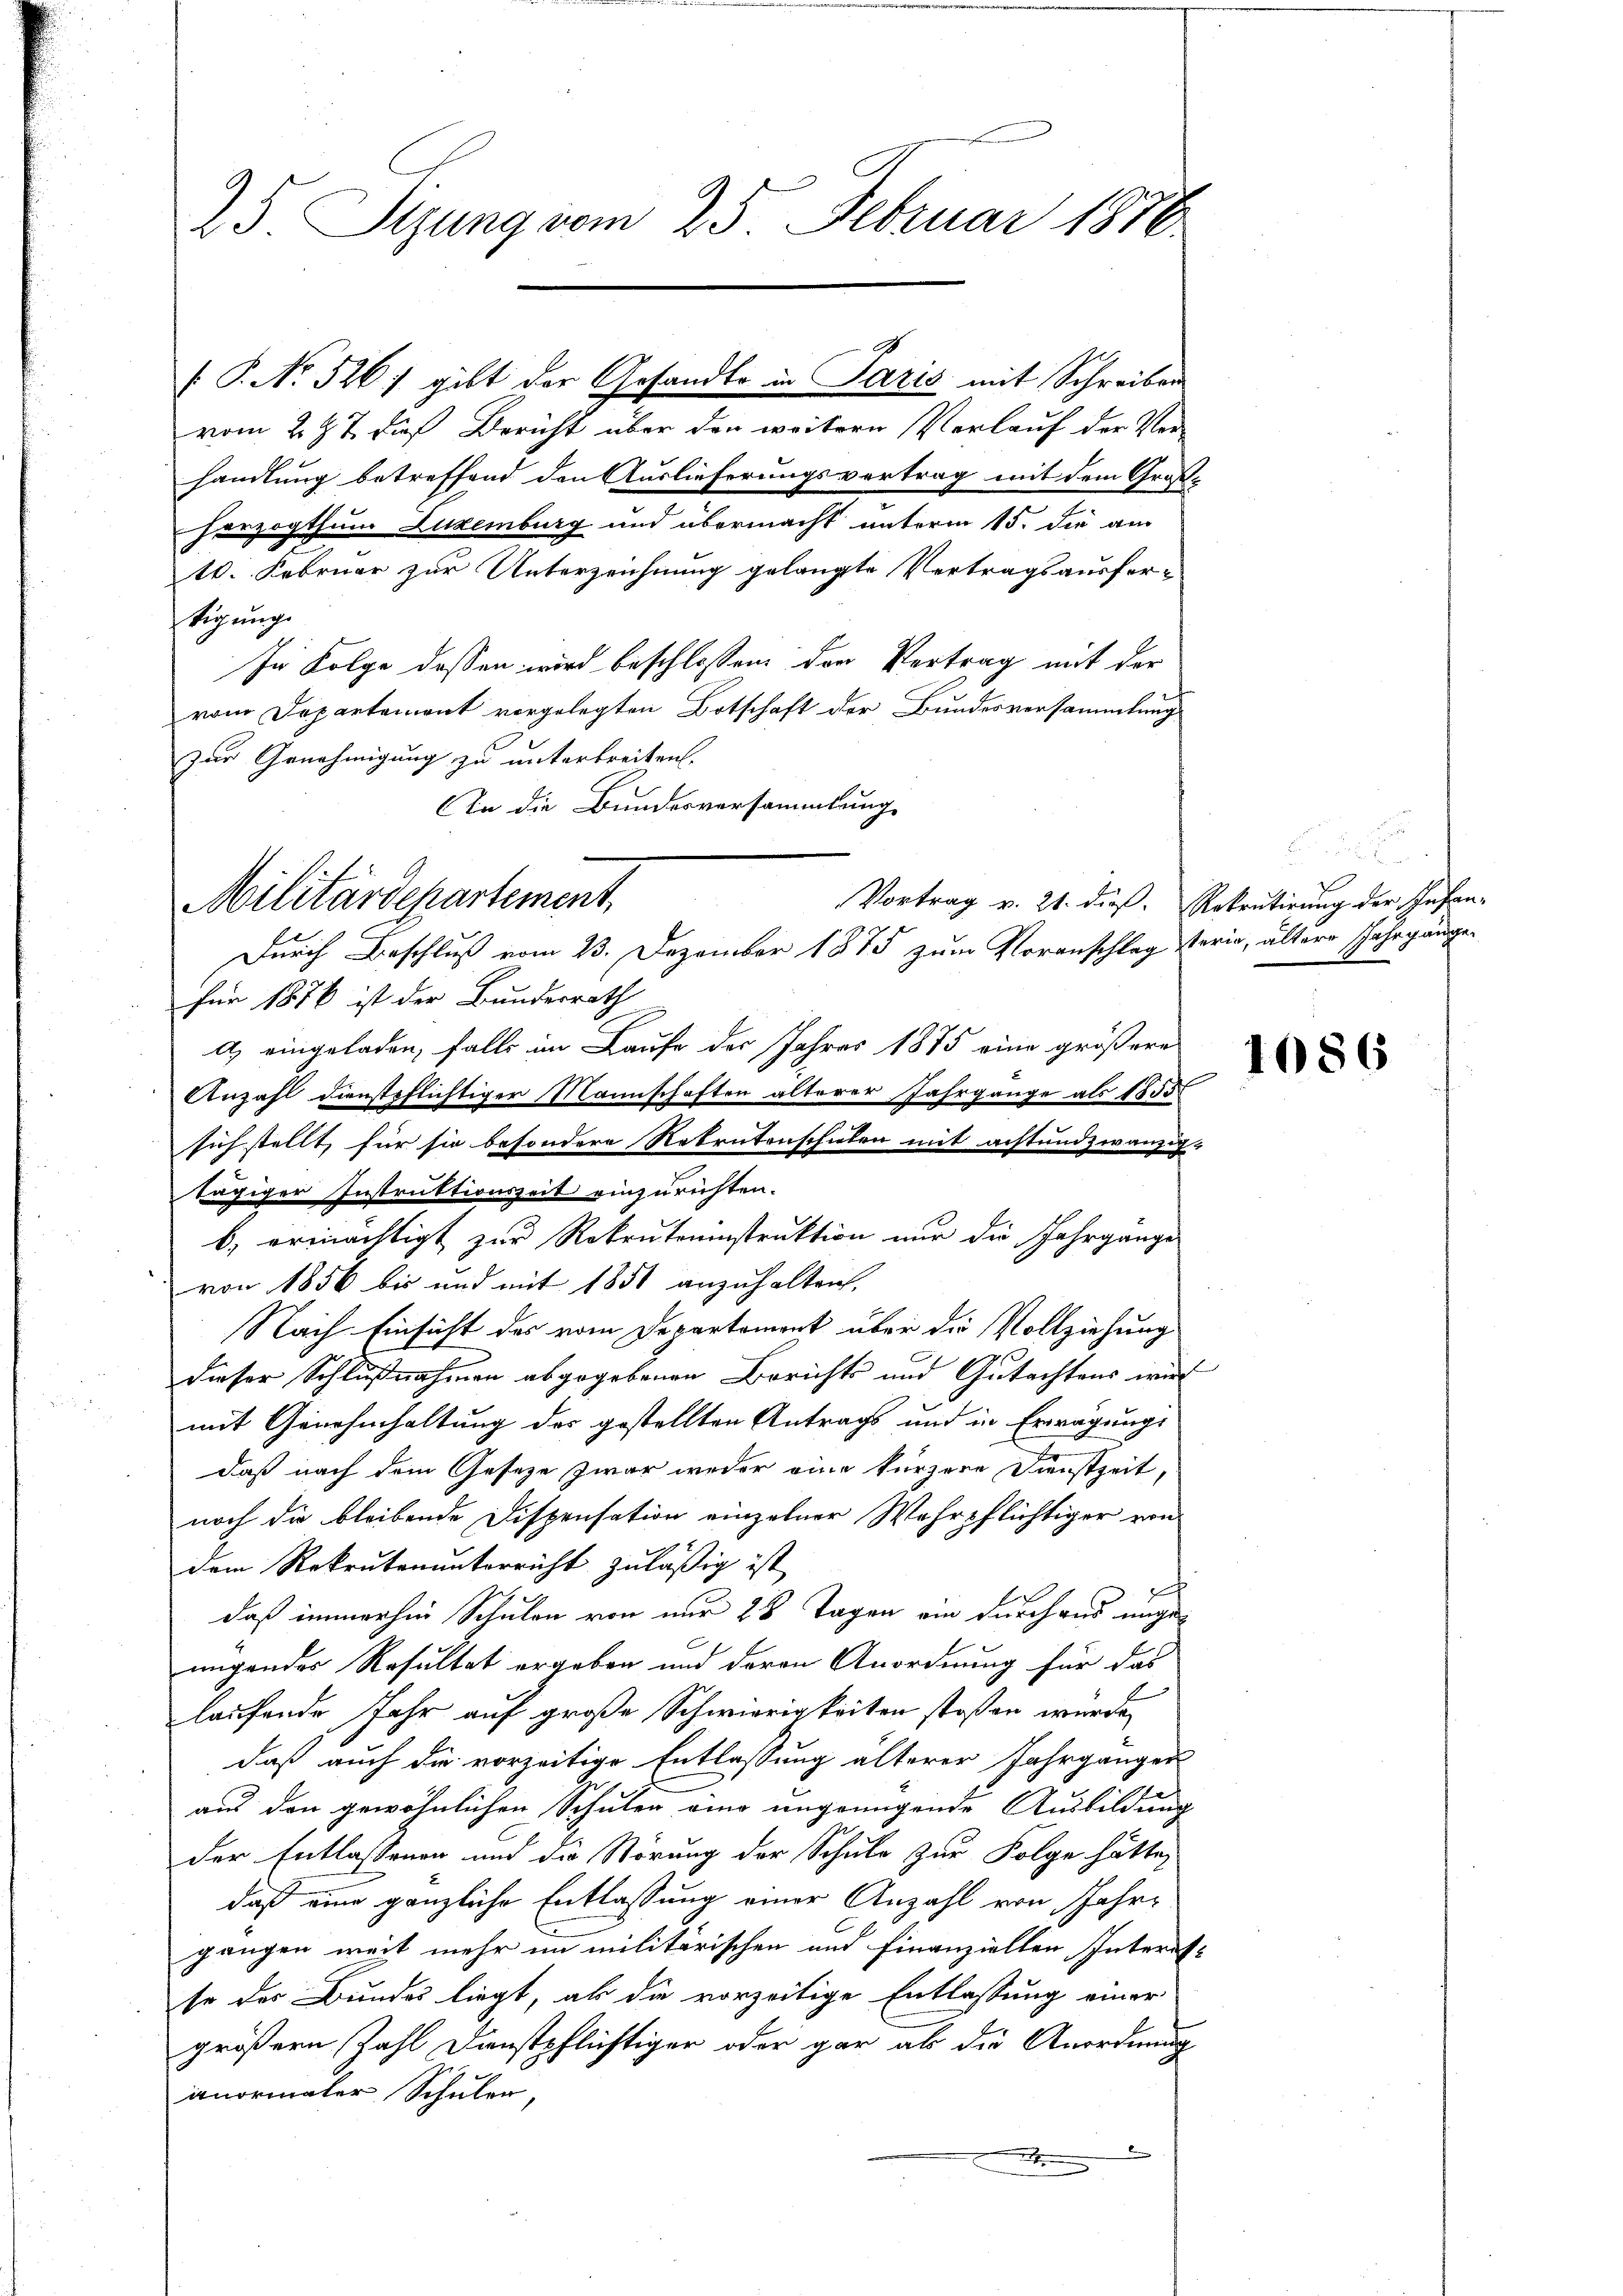
25. Sizung vom 25. Februar 1876.

vom 27 t dieß Bericht über den weitern Verlauf der Ver-
handlung betreffend den Auslieferungsvertrag mit dem Gros
herzogthum Luxenburg und übermacht unterm 15. die am
10. Februar zur Unterzeichnung gelangte Vertragsausferstigung.
In Folge dessen wird beschlossen, der Vertrag mit der
vom Departement vorgelegten Botschaft der Bundesversammlung
zur Genehmigung zu unterbreiten.
In die Bundesversammlung
für 1876 ist der Bundesrath
a) eingeladen, falls im Laufe der Jahres 1875 eine größere
Anzahl dienstpflichtiger Mannschaften älterer Jahrgange als 1855
sich stellt, für sie besondere Rekrutenschieben mit achtundzwanzig
tägiger Instruktionszeit einzurichten.
b) ermächtigt zur Rekruteninstruktion nur die Jahrgange
von 1856 bis und mit 1851 anzuhalten,
Nach Einsicht des vom Departement über die Vollziehung
dieser Schlußnahmen abgegebenen Berichts und Gutachtens wir
mit Genehmhaltung des gestellten Antrags und in Erwägungs
daß nach dem Gesetze zwar weder eine kürzere Dienstzeit,
noch die bleibende Dispensation einzelner Wehrpflichtiger von
dem Rekrutenunterricht zuläßig ist
c
daß immerhin Schulen von nur 28 Tagen ein durch aus unge
ungendes Resultat ergeben und deren Anordnung für das
laufende Jahr auf große Schwierigkeiten stoßen wurde,
daß auch die vorzeitige Entlassung älterer Jahrgänger
aus den gewöhnlichen Schüler ein ungenügende Ausbildung
der Entlassenen und die Störung der Schule zur Folge hätte,
daß eine gänzliche Entlassung einer Anzahl von Jahrgangen weit mehr im militärischen und Finanziellen Intern
se der Bundes liegt, als die vorzeitige Entlassung einer
größern Zahl Dunstpflichtiger oder gar ab die Anordnung
anormaler Schulen
.

P. No 526) gibt der Gesandte in Paris mit Schreiben

Vortrag v. 21. dieß.
Militärdepartement
Durch Beschluß vom 23. Dezember 1875 zum Voranschlag

f
Rekrutirung der Infan-
terin, ältere Jahrgänge

l

1086